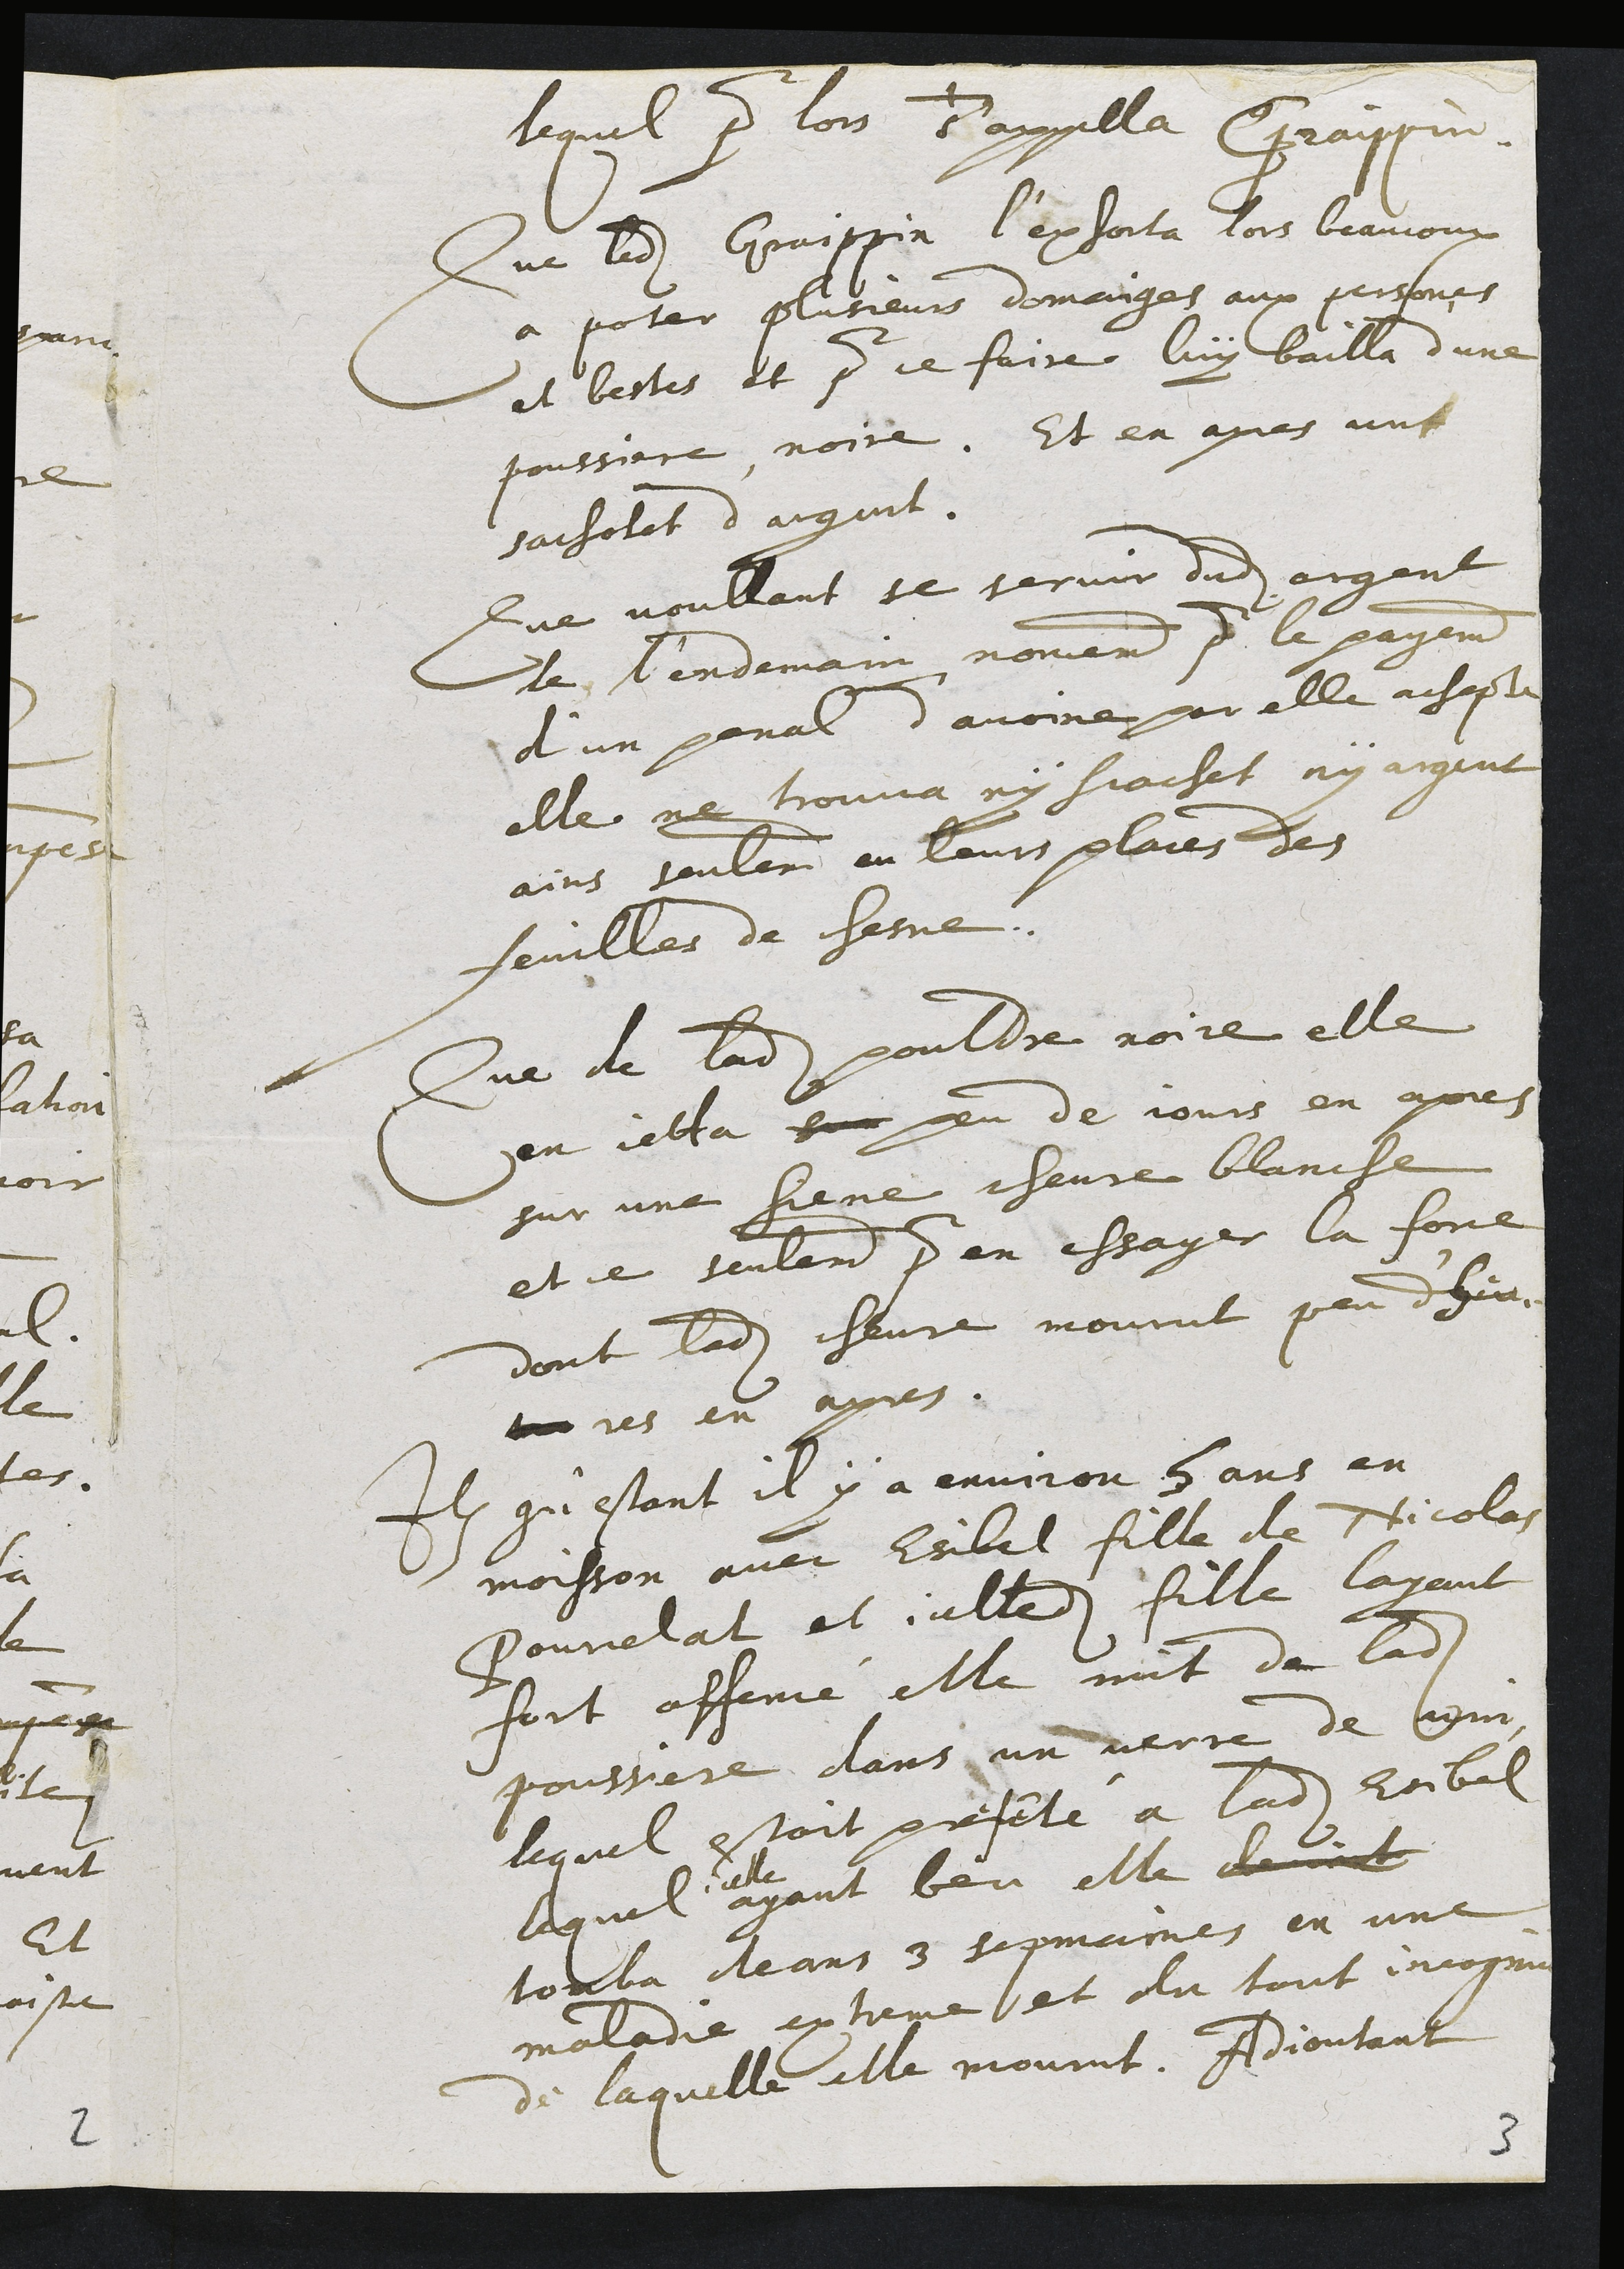
lequel pour lors s'appella Graippin.
Que ledit Graippin l'exhorta lors beaucoup
a porter plusieurs domaiges aux persones
et bestes et pour ce faire luy bailla d'une
poussiere noire. Et en apres un
sachotet d'argent.
Que voullant se servir dudit argent
le l'endemain nomement pour le payement
d'un penal d'avoine par elle achepte
elle ne trouva ny scachet ny argent
ains seulement en leurs places des
feuilles de chesne.
Que de ladite pouldre noire elle
en jetta sur peu de jours en apres
sur une siene chevre blanche
et ce seulement pour en essayer la force
dont ladite chevre mourut peu d'heu
tre res en apres.
Item qu'estant il y a environ 5 ans en
moisson avec Esibel fille de Nicolas
Pourcelat et icelledite fille layant
fort offencé elle mit de ladite
poussiere dans un verre de vin
lequel estoit presenté a ladite Esibel
lequel
icelle
ayant beu elle devint
tomba deans 3 sepmaines en une
maladie extreme et du tout incognue
de laquelle elle mourut. Adjoutant